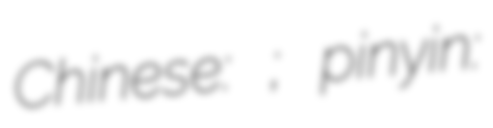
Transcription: Chinese: 馬軍; pinyin: